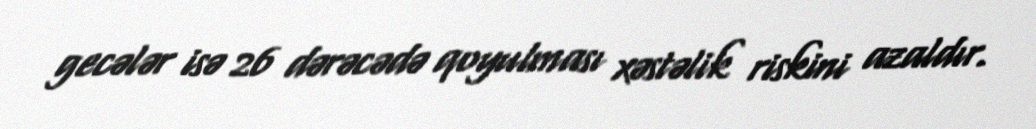
gecələr isə 26 dərəcədə qoyulması xəstəlik riskini azaldır.